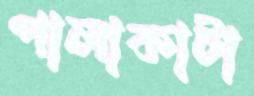
পালাকাটা